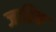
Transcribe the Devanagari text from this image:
जाहिक